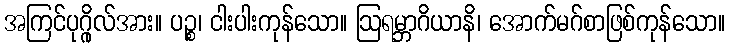
အကြင်ပုဂ္ဂိုလ်အား။ ပဉ္စ၊ ငါးပါးကုန်သော။ ဩရမ္ဘာဂိယာနိ၊ အောက်မဂ်စာဖြစ်ကုန်သော။